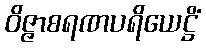
ဝိဇ္ဇာစရဏပရိယေဋ္ဌိံ